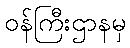
ဝန်ကြီးဌာနမှ